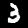
Digit: 3